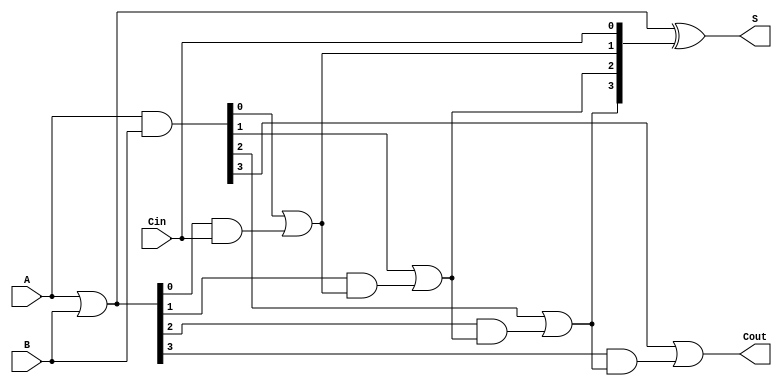
module CILA_4bit (
    input  [3:0] A,        // 4-bit input A
    input  [3:0] B,        // 4-bit input B
    input        Cin,      // Carry-in
    output [3:0] S,        // 4-bit sum output
    output       Cout       // Carry-out
);

    wire [3:0] G;          // Generate signals
    wire [3:0] P;          // Propagate signals
    wire [4:0] C;          // Carry signals

    // Generate and Propagate logic
    assign G = A & B;      // G[i] = A[i] * B[i]
    assign P = A | B;      // P[i] = A[i] + B[i]

    // Carry Lookahead logic
    assign C[0] = Cin;     // C[0] = Cin
    assign C[1] = G[0] | (P[0] & C[0]); // C[1] = G[0] + (P[0] * C[0])
    assign C[2] = G[1] | (P[1] & C[1]); // C[2] = G[1] + (P[1] * C[1])
    assign C[3] = G[2] | (P[2] & C[2]); // C[3] = G[2] + (P[2] * C[2])
    assign C[4] = G[3] | (P[3] & C[3]); // C[4] = G[3] + (P[3] * C[3])

    // Sum calculation
    assign S = P ^ C[3:0]; // S[i] = P[i] XOR C[i]

    // Carry out
    assign Cout = C[4];    // Cout = C[4]

endmodule